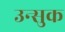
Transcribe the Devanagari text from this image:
उन्सुक